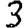
Digit: 3